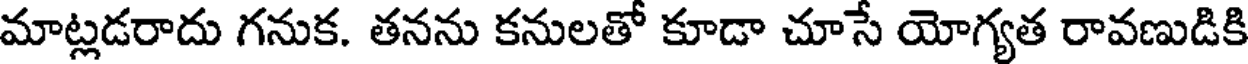
మాట్లడరాదు గనుక. తనను కనులతో కూడా చూసే యోగ్యత రావణుడికి